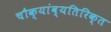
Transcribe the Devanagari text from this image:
चौक्यांव्यतिरिक्त